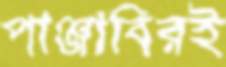
পাঞ্জাবিরই